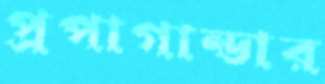
প্রপাগান্ডার